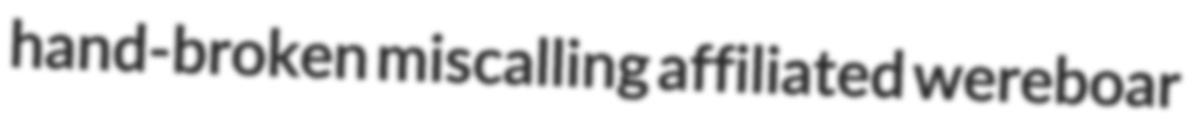
hand-broken miscalling affiliated wereboar